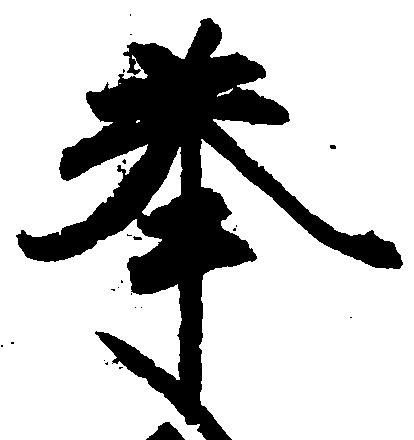
奉